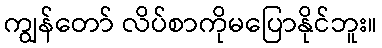
ကျွန်တော် လိပ်စာကိုမပြောနိုင်ဘူး။